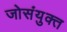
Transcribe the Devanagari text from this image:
जोसंयुक्त